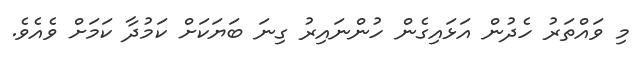
މި ވައްތަރު ހެދުން އަޅައިގެން ހުންނައިރު ގިނަ ބަޔަކަށް ކަމުދާ ކަމަށް ވެއެވެ.